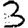
Digit: 3